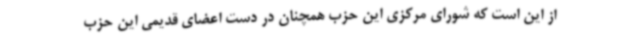
از این است که شورای مرکزی این حزب همچنان در دست اعضای قدیمی این حزب